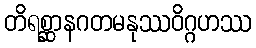
တိရစ္ဆာနဂတမနုဿဝိဂ္ဂဟဿ